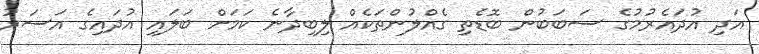
އަދި އުދައެރުމުގެ ސަބަބުން ބޮޑެތި ގެއްލުންތަކެއް ލިބިދާނެ ކަމަށް ބަލައި އުދައިގެ އަސަރު